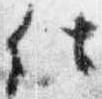
仕